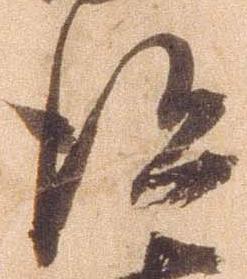
得